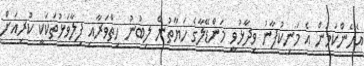
އެހެންކަމުން އެ މަނިކުފާނު ވިދާޅުވީ މަންޑޭލާގެ ހަޔާތުން ލިބުނު ހިތްވަރާއި ފިލާވަޅުތަކަކީ ކުރިއަށް